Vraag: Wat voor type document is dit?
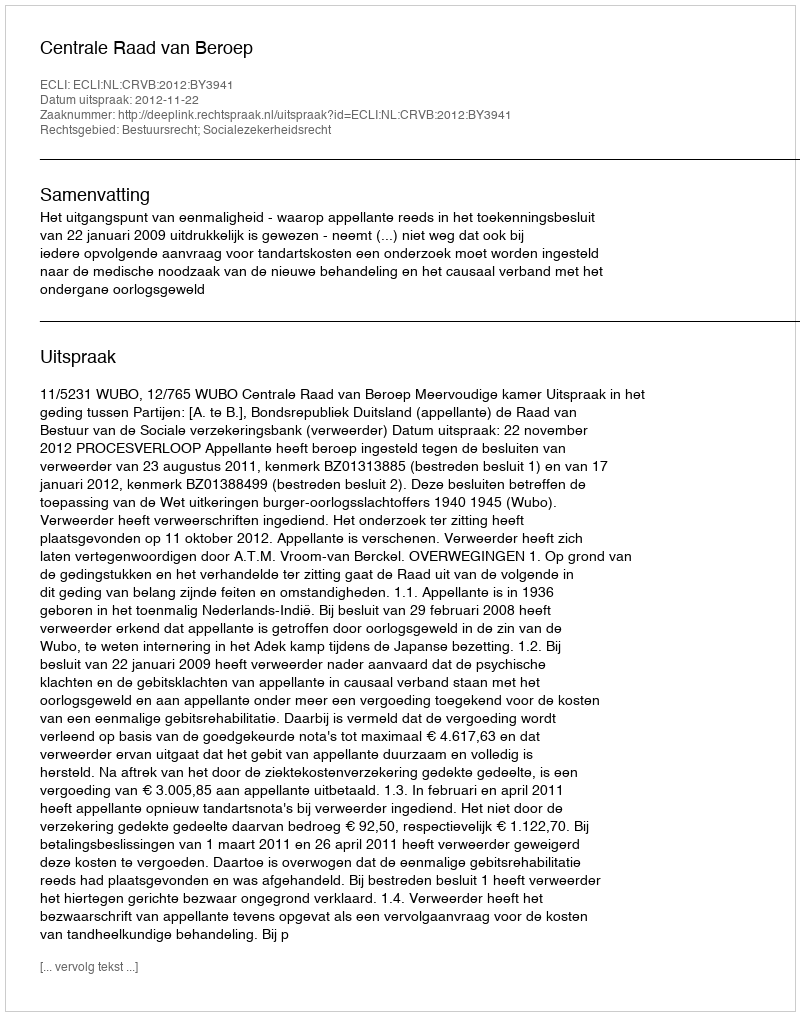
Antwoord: Uitspraak